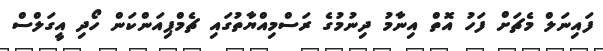
ފައިނަލް މެޗަށް ފަހު އޮތް އިނާމު ދިނުމުގެ ރަސްމިއްޔާތުގައި ޗެމްޕިއަންކަން ހޯދި އީގަލްސް